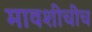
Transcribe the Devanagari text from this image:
मावशीचीच